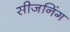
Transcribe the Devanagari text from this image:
सीजनिंग